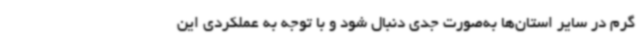
گرم در سایر استان‌ها به‌صورت جدی دنبال شود و با توجه به عملکردی این